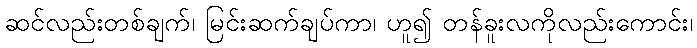
ဆင်လည်းတစ်ချက်၊ မြင်းဆက်ချပ်ကာ၊ ဟူ၍ တန်ခူးလကိုလည်းကောင်း၊